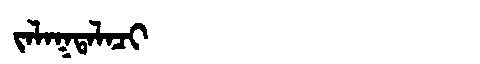
Manchu: ᠵᠠᠯᠠᡴᡨᠠᠯᠠᠴᡳ
Romanization: JALAKTALACI